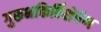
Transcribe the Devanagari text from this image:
गुरूभक्तिर्विशेषेण